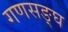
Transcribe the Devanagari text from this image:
गणसङ्घ